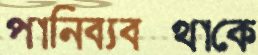
পানিব্যবস্থাকে